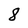
Character: 8